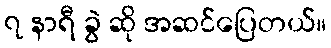
၇ နာရီ ခွဲ ဆို အဆင်ပြေတယ်။